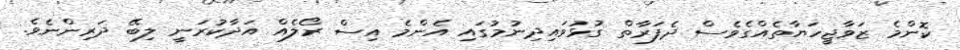
ކޮންމެ ޒަވާޖީހަޔާތެއްގެވެސް ދެފަރާތް ގުޅުވައިދިނުމުގައި އެންމެ އިސް ރޯލެއް އަދާކުރަނީ ލިބޭ ދަރިންނެވެ.